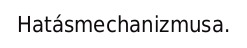
Hatásmechanizmusa.